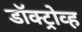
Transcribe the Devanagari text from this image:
डॉक्ट्रोव्ह